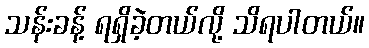
သန်းခန့် ရရှိခဲ့တယ်လို့ သိရပါတယ်။